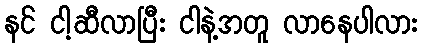
နင် ငါ့ဆီလာပြီး ငါနဲ့အတူ လာနေပါလား